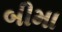
બીમા